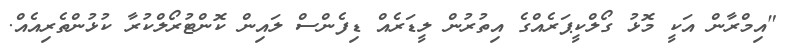
"އިމްރާން އަކީ މޮޅު ގޯލްކީޕަރެއްގެ އިތުރުން ލީޑަރެއް ޑިފެންސް ލައިން ކޮންޓުރޯލްކުރާ ކުޅުންތެރިއެއް.